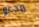
مدعو